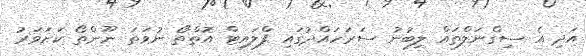
އަދި އެ ސިގްނަލްތައް ލިބުނު ސަރަހައްދުުގައި ފްލައިޓް އޮތްތޯ ނުވަތަ ނޫންތޯ ކަށަވަރު